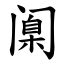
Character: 𫔶